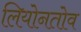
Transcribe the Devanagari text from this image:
लियोनतोव